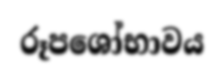
රූපශෝභාවය